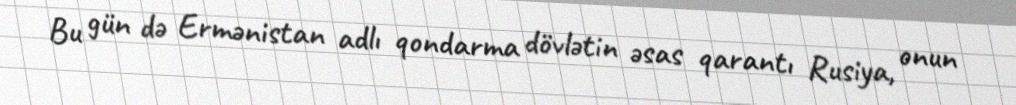
Bu gün də Ermənistan adlı qondarma dövlətin əsas qarantı Rusiya, onun